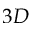
3 D